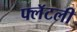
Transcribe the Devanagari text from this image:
फ्लॅटली